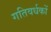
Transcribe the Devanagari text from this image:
गतिवर्धकों